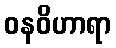
ဝနဝိဟာရာ